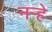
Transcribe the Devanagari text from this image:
नर्‍हे